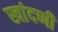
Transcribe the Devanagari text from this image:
खांदणी